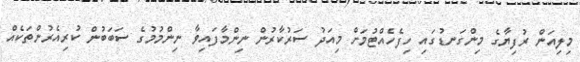
މިލިއަން ރުފިޔާގެ މިންގަނޑުގައި ހިފެހެއްޓުމަށް މިއަދު ސަރުކާރުން ނިންމާފައިވާ ނިންމުމުގެ ސަބަބުން ކުރިއެރުންތަކެއް